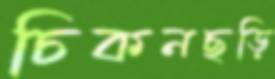
চিকনছড়ি